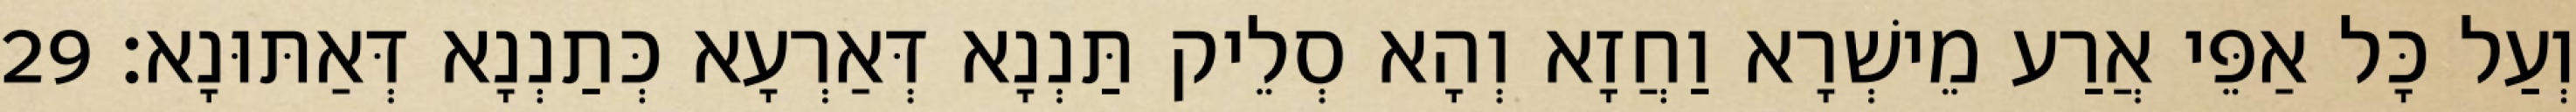
וְעַל כָּל אַפֵּי אֲרַע מֵישְׁרָא וַחֲזָא וְהָא סְלֵיק תַּנְנָא דְּאַרְעָא כְּתַנְנָא דְּאַתּוּנָא׃ 29